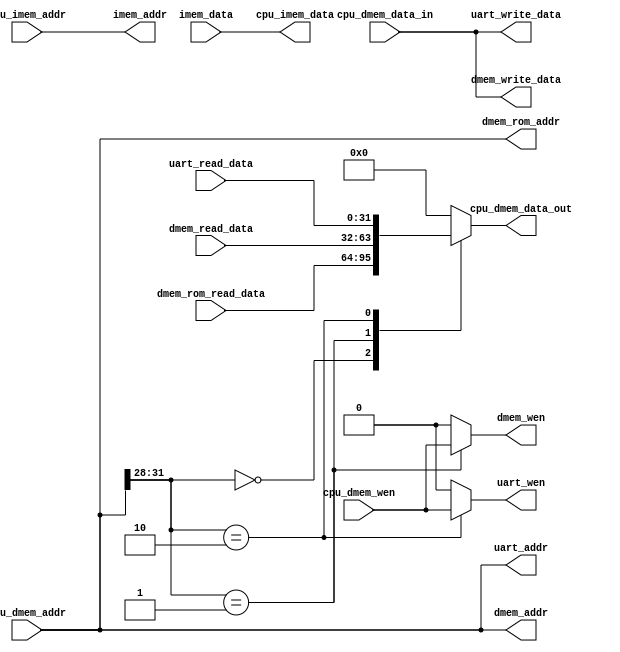
// 
// 0x0000_0000 - .+     ROM  (byte to word)
// 0x1000_0000 - .+     RAM  (byte to word)
// 0x2000_0000 - .+     uart (byte to word)
// 0x3000_0000 - .+     other (byte to word)
// 0xc000_0000 - .+     Device io (byte to word)

// 
//  1.  CPU 
//  2.  ROM  CPU 
//  3. CPU  RAM 
//  4.  UART  CPU 
module sys_bus (
    // cpu -> imem
    input[31:0] cpu_imem_addr,
    output[31:0] cpu_imem_data,
    output[31:0] imem_addr,             // cpu -> imem
    input[31:0] imem_data,              // imem -> cpu

    // cpu -> bus
    input[31:0] cpu_dmem_addr,          // device addr
    input[31:0] cpu_dmem_data_in,       // cpu -> device
    input       cpu_dmem_wen,           // cpu -> device
    output reg[31:0] cpu_dmem_data_out, // device -> cpu

    // bus -> ram
    input[31:0] dmem_read_data,         // dmem -> cpu
    output[31:0] dmem_write_data,       // cpu -> dmem
    output[31:0] dmem_addr,             // cpu -> dmem
    output reg dmem_wen,                // cpu -> dmem

    // bus -> rom
    input[31:0] dmem_rom_read_data,
    output[31:0] dmem_rom_addr,

    // bus -> uart
    input[31:0] uart_read_data,         // uart -> cpu
    output[31:0] uart_write_data,       // cpu -> uart
    output[31:0] uart_addr,             // cpu -> uart
    output reg uart_wen
);

    assign imem_addr = cpu_imem_addr;
    assign cpu_imem_data = imem_data;

    assign dmem_addr = cpu_dmem_addr;
    assign dmem_write_data = cpu_dmem_data_in;

    assign dmem_rom_addr = cpu_dmem_addr;

    assign uart_addr = cpu_dmem_addr;
    assign uart_write_data = cpu_dmem_data_in;

    always @(*) begin
        // CPU
        case (cpu_dmem_addr[31:28])
            // CPU  ROM ROM 
            4'h0:begin  // ROM
                cpu_dmem_data_out <= dmem_rom_read_data;
                dmem_wen <= 0;
                uart_wen <= 0;
            end
            // CPU  RAM CPU  cpu_dmem_wen  RAM  dmem_wen
            //  RAM 
            4'h1:begin  // RAM
                dmem_wen <= cpu_dmem_wen;
                cpu_dmem_data_out <= dmem_read_data;
                uart_wen <= 0;
            end
            // CPU  UART CPU  cpu_dmem_wen  uart  uart_wen
            //  UART 
            4'h2:begin  // uart io
                uart_wen <= cpu_dmem_wen;
                cpu_dmem_data_out <= uart_read_data;
                dmem_wen <= 0;
            end
            default: begin
                dmem_wen <= 0;
                uart_wen <= 0;
                cpu_dmem_data_out <= 0;
            end
        endcase
    end
    
endmodule